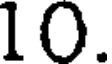
10.